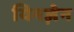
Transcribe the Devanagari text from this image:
यिनज़ेन